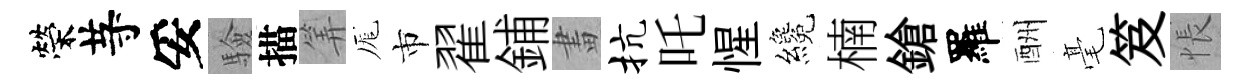
榮䒭妥驗描筭厖市翟鋪畫抗吒惺纔楠鎗羅酬毫笈悵